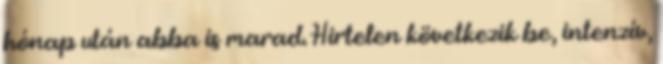
hónap után abba is marad. Hirtelen következik be, intenzív,